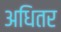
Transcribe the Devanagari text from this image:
अधितर